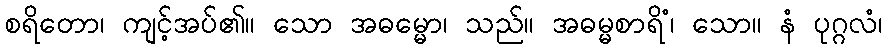
စရိတော၊ ကျင့်အပ်၏။ သော အဓမ္မော၊ သည်။ အဓမ္မစာရိံ၊ သော။ နံ ပုဂ္ဂလံ၊